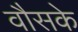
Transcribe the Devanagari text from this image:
वौसके